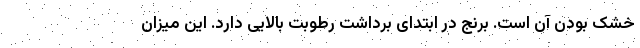
خشک بودن آن است. برنج در ابتدای برداشت رطوبت بالایی دارد. این میزان